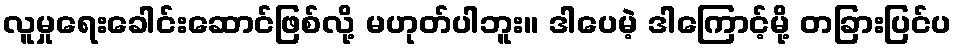
လူမှုရေးခေါင်းဆောင်ဖြစ်လို့ မဟုတ်ပါဘူး။ ဒါပေမဲ့ ဒါကြောင့်မို့ တခြားပြင်ပ